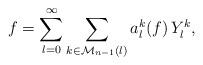
LaTeX: \begin{align*}f=\sum_{l=0}^\infty\sum_{k\in\mathcal M_{n-1}(l)}a_l^k(f)\,Y_l^k,\end{align*}